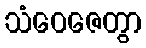
သံဝေဇေတွာ